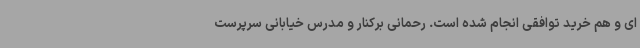
ای و هم خرید توافقی انجام شده است. رحمانی برکنار و مدرس خیابانی سرپرست